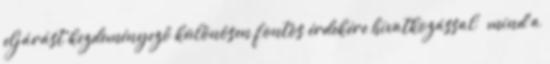
eljárást kezdeményező különösen fontos érdekére hivatkozással – mind a